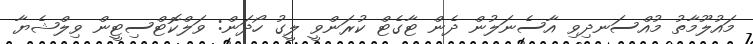
މައުލޫމާތު މުއްސަނދިވި އާސެނަލުން ދެން ޓާގެޓް ކުރަންވީ ލީގު ހޯދަން: ވަލްކޮޓްސިޓީން ވިލްޝެޔާ